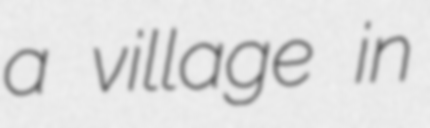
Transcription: a village in